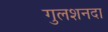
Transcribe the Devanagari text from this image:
गुलशनदा